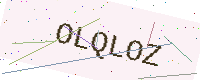
Text: OLQLOZ